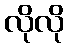
လိုလို